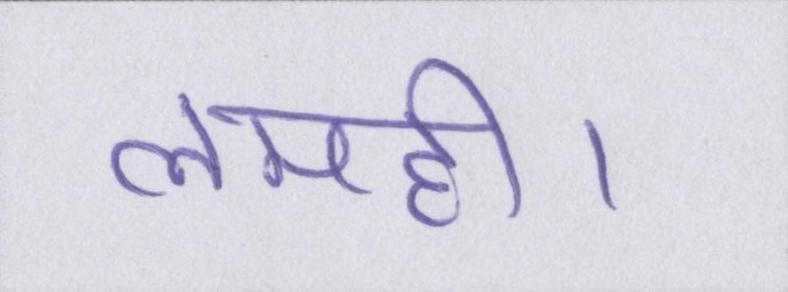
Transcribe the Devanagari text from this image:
लमही।